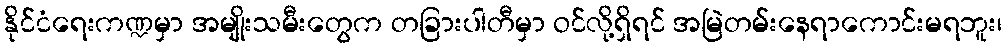
နိုင်ငံရေးကဏ္ဍမှာ အမျိုးသမီးတွေက တခြားပါတီမှာ ဝင်လို့ရှိရင် အမြဲတမ်းနေရာကောင်းမရဘူး၊